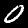
Digit: 0